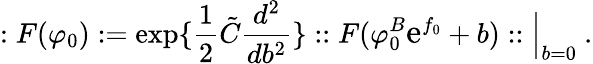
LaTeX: :F(\varphi_{0}):=\exp\{ {\frac{1}{2}}\tilde{C}{\frac{d^{2}}{db^{2}}}\} ::F(\varphi_{0}^{B}\mathrm{\large{e}}^{f_{0}}+b)::\Big|_{b=0}~.